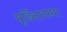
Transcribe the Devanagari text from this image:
मूर्छितावस्था